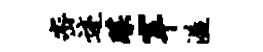
密迹蹀宰溢